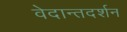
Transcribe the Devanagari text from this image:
वेदान्तदर्शन